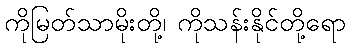
ကိုမြတ်သာမိုးတို့၊ ကိုသန်းနိုင်တို့ရော